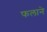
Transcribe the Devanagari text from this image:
फलाने